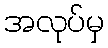
အလုပ်မှ